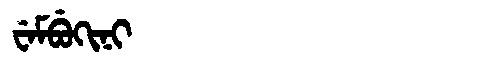
Manchu: ᠸᡝᠮᠪᡠᡴᡳᠨᡳ
Romanization: WEMBUKINI